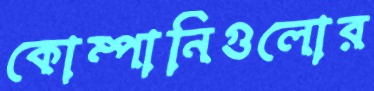
কোম্পানিগুলোর